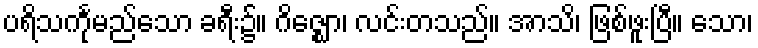
ပရိသင်္ကုမည်သော ခရီး၌။ ဂိဇ္ဈော၊ လင်းတသည်။ အာသိ၊ ဖြစ်ဖူးပြီ။ သော၊